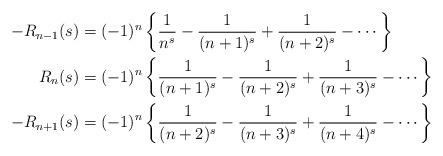
LaTeX: \begin{align*}-R_{n-1}(s)&=(-1)^n \left\{ \frac{1}{n^s}-\frac{1}{(n+1)^s}+\frac{1}{(n+2)^s} - \cdots \right \} \\ R_{n}(s)&=(-1)^n \left\{ \frac{1}{(n+1)^s}-\frac{1}{(n+2)^s}+\frac{1}{(n+3)^s} - \cdots \right \} \\ -R_{n+1}(s)&=(-1)^n \left\{ \frac{1}{(n+2)^s}-\frac{1}{(n+3)^s}+\frac{1}{(n+4)^s} - \cdots \right \} \end{align*}